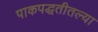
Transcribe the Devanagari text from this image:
पाकपद्धतीतल्या